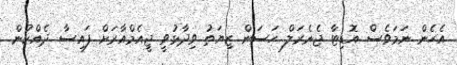
އެހެން ނަމަވެސް އޮޑިޓާ ޖެނެރަލް ހަސަން ޒިޔަތު ވިދާޅުވީ ޖީއެމްއާރަށް ފައިސާ ދެއްކުން